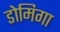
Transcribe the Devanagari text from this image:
डोमिगा